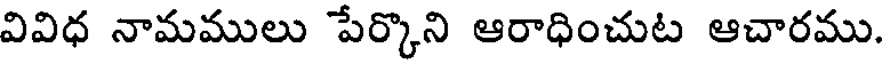
వివిధ నామములు పేర్కొని ఆరాధించుట ఆచారము.